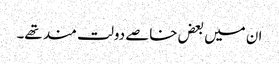
ان میں بعض خاصے دولت مند تھے۔